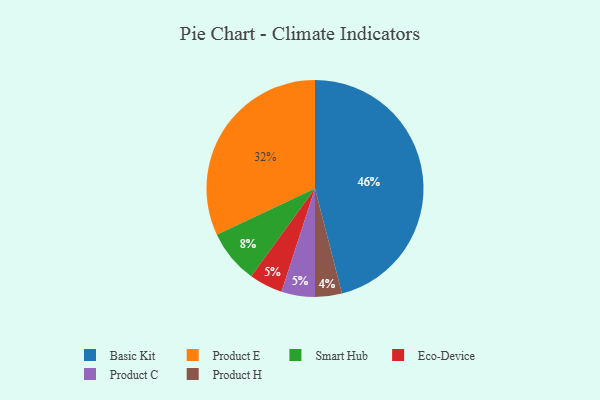
{"axis": {"x": "Category", "y": "Percentage"}, "legend": ["Basic Kit", "Eco-Device", "Product C", "Product E", "Product H", "Smart Hub"], "data": [{"x": "Product H", "y": 4, "type": "Product H"}, {"x": "Basic Kit", "y": 46, "type": "Basic Kit"}, {"x": "Product E", "y": 32, "type": "Product E"}, {"x": "Smart Hub", "y": 8, "type": "Smart Hub"}, {"x": "Eco-Device", "y": 5, "type": "Eco-Device"}, {"x": "Product C", "y": 5, "type": "Product C"}]}